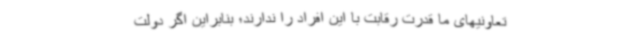
تعاونیهای ما قدرت رقابت با این افراد را ندارند؛ بنابراین اگر دولت